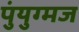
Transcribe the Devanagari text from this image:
पुंयुग्मज